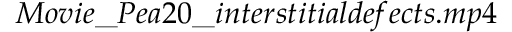
M o v i e \_ P e a 2 0 \_ i n t e r s t i t i a l d e f e c t s . m p 4